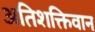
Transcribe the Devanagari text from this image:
अतिशक्तिवान